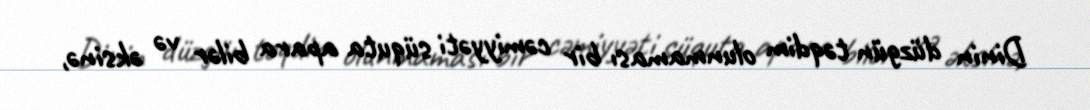
Dinin düzgün təqdim olunmaması bir cəmiyyəti süquta apara bilər və əksinə,